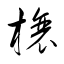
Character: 榱